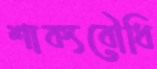
শাক্যবৌধি